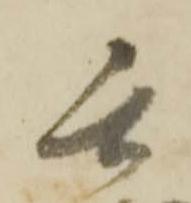
閏